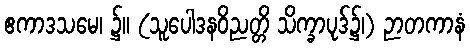
ဧကာဒသမေ၊ ၌။ (သူပေါဒနဝိညတ္တိ သိက္ခာပုဒ်၌၊) ဉာတကာနံ